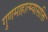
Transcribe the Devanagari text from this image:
गुणमाहात्म्यासक्ति